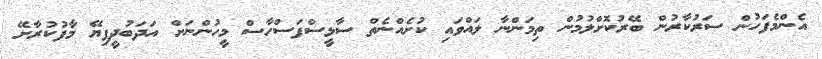
އެންމެފަހުން ސަރުކާރުން ބޭރުކޮށްލުމުން ތިމަންނާ ލައްވައި ކުށެއްނެތް ސާޅީސްފަސްހާސް މީހުންނަށް އަދަބުދީފިޔޭ މާފުކުރާށޭ